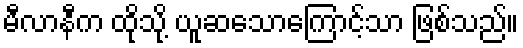
မီလာနီက ထိုသို့ ယူဆသောကြောင့်သာ ဖြစ်သည်။